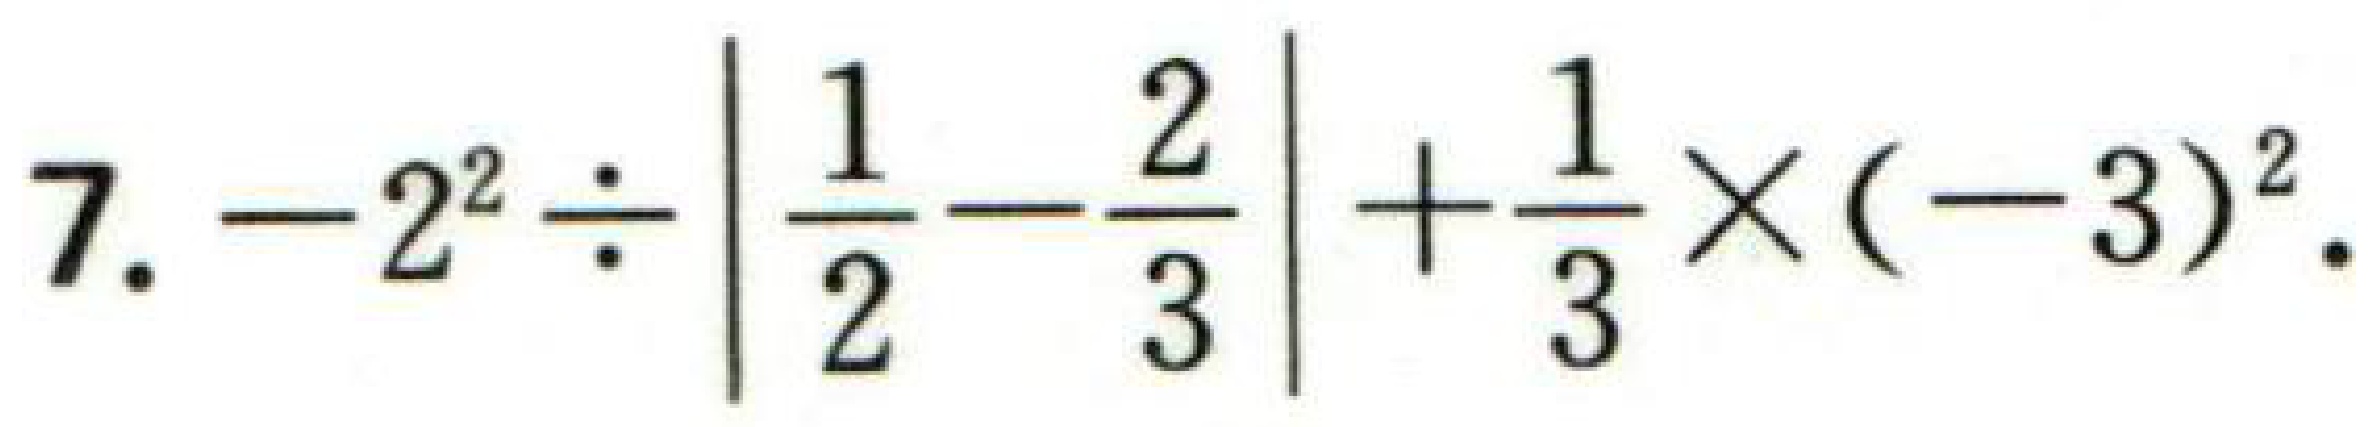
$7. -2^{2}\div\left|\frac{1}{2}-\frac{2}{3}\right|+\frac{1}{3}\times(-3)^{2}.$